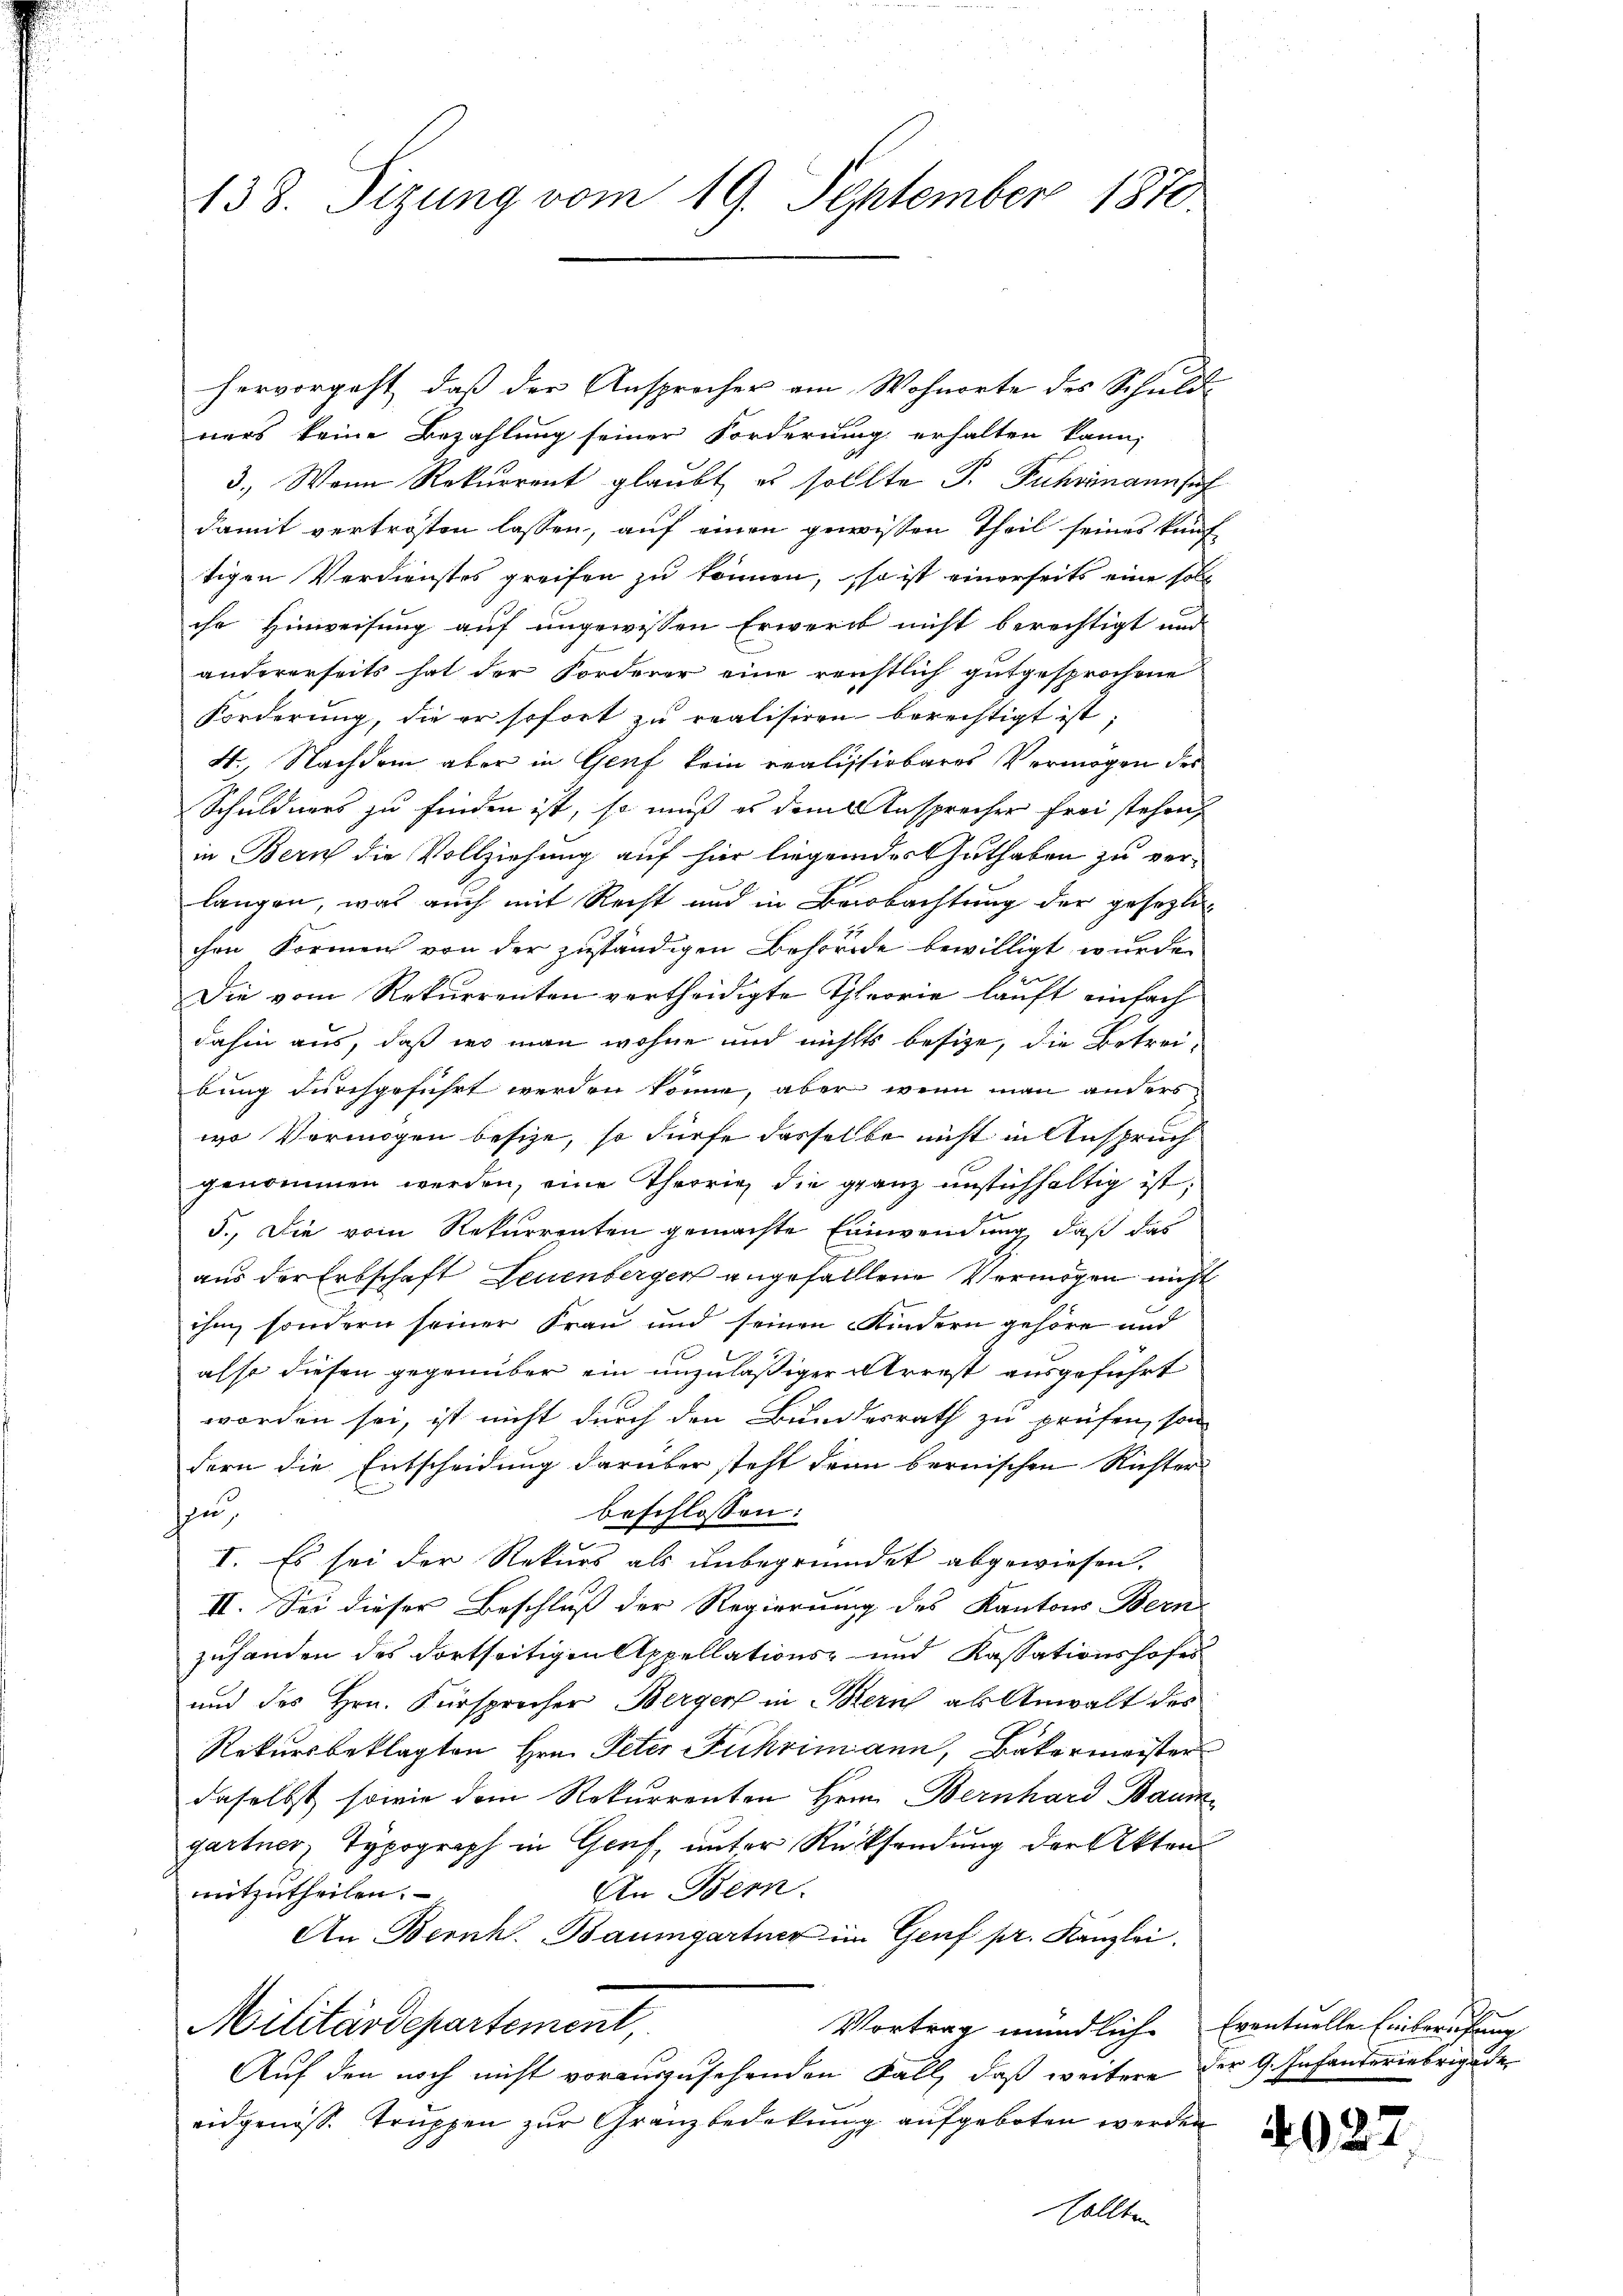
hervorgeht, daß der Ansprocher am Wohnorte des Schuld
ners keine Bezahlung seiner Forderung erhalten kann,
3., Wann Rekurrent glaubt es sollte P. Fuhrmann sich
damit vertroffen lassen, auf einen gewissen Theil seines kauftigen Verdienstes greifen zu können, so ist einerseits eine soll
che Hinweisung auf ungewissen Erwerk nicht berechtigt und
andererseits hat der Forderer eine reichtlich gutgesprochene
Forderung, die er sofort zu realisiren berechtigt ist,
4., Nachdem aber in Genf kein realistirbares Vermögen der
Schuldners zu finden ist, so muß es dem Ansprecher frei stehen,
in Bern die Vollziehung auf hier liegendes Guthaben zu verlangen, was auch mit Recht und in Beobachtung der gesezlichen Formen von der zuständigen Behörde bewilligt wurde.
Die vom Rekurrenten vertheidigte Theorie lauft einfach
dahin aus, daß wo man wohne und nichts besize, die Betreibung durchgeführt werden könne, aber wenn man anders
wo Vermögen besize, so dürfe dasselbe nicht in Anspruch
genommen werden, eine Theorie die granz unstichhaltig ist,
5., Die vom Rekurrenten gemachte Einwendung, daß das
aus der Erbschaft Leuenberger angefalltene Vermögen nicht
ihm, sondern seiner Frau und seinen Kindern gehöre und
asst diesen gegenüber ein unzuläßiger Arrest ausgeführt
worden sei, ist nicht durch den Bundesrath zu prüfen, son
dern die Entscheidung darüber steht dann bernischen Richter
beschlossen:
n
I. Es sei der Rekurs als unbegründet abgewiesen.
II. Sei dieser Beschluß der Regierung des Kantons Bern
zuhanden des dortseitigen Appellations- und Kassationshofes
und des Hrn. Fürsprecher Berger in Bern als Anwalt des
Rekursbeklagten Hrn. Peter Fuhrimann, Bäkermeister
daselbst, sowie dem Rekurrenten Hern Bernhard Baum
gartner Typograph in Genf, unter Rücksendung der Akten
An Bern.
mitzutheilen.
An Bernh. Baumgartner im Genf pr. Kanzlei.
Militärdepartement,
Vortrag mündlich
Auf den noch nicht vorauszusehenden Fall, daß weitere der G. Infanteriebrige de
eidgenöss. Truppen zur Gränzbedekung aufgeboten werden
sollten

138. Sizung vom 19. September 1870.

Eventuelle Einberufung

4027